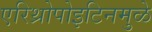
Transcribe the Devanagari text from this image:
एरिथ्रोपोइटिनमुळे